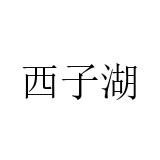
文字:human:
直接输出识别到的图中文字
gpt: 西子湖